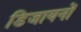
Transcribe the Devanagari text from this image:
डिजायनों